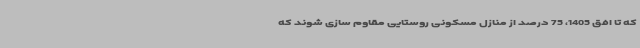
که تا افق 1405، 75 درصد از منازل مسکونی روستایی مقاوم سازی شوند که